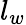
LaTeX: l_{w}